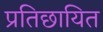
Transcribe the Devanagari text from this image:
प्रतिछायित